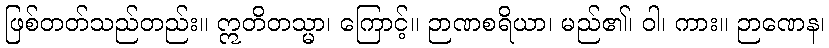
ဖြစ်တတ်သည်တည်း။ ဣတိတသ္မာ၊ ကြောင့်။ ဉာဏစရိယာ၊ မည်၏၊ ဝါ၊ ကား။ ဉာဏေန၊